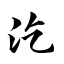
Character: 汔